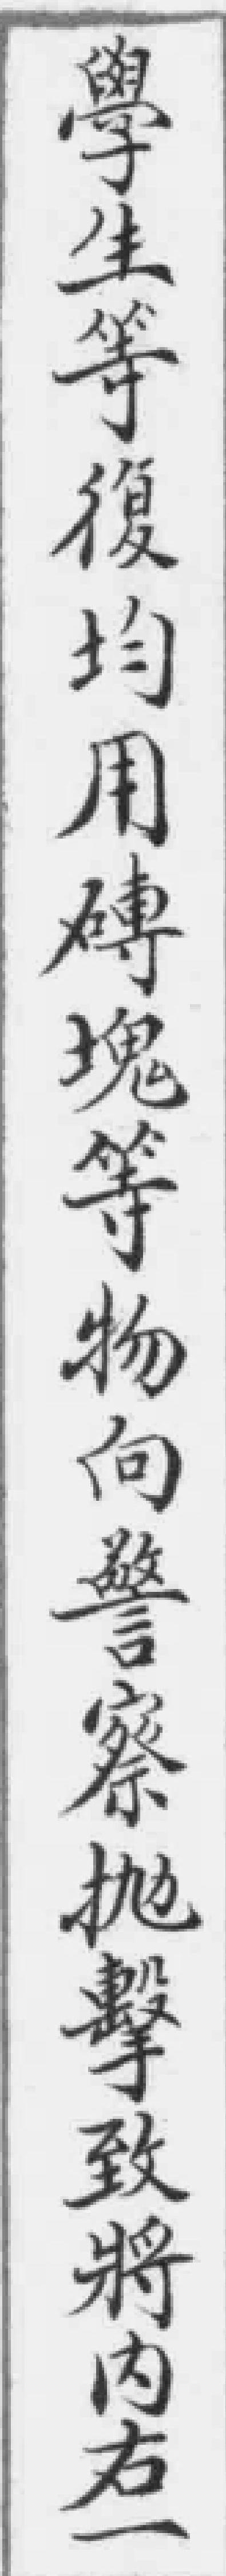
學生等復均用磚塊等物向警察拋擊致將内右一